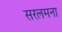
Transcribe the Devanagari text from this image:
सरलमना